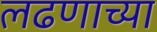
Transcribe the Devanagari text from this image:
लढणाच्या